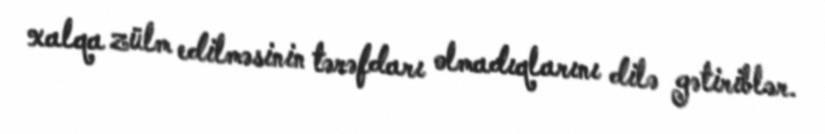
xalqa zülm edilməsinin tərəfdarı olmadıqlarını dilə gətiriblər.